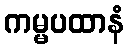
ကမ္မပထာနံ